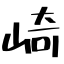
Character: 崎